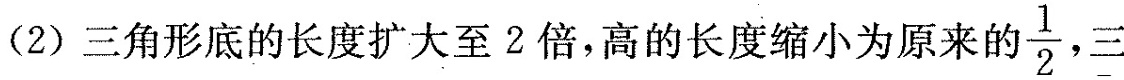
(2)三角形底的长度扩大至2倍，高的长度缩小为原来的\frac{1}{2}三